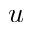
u